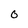
Character: 0